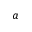
a